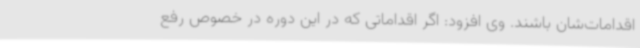
اقدامات‌شان باشند. وی افزود: اگر اقداماتی که در این دوره در خصوص رفع